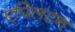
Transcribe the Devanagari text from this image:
एपिलटन